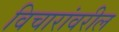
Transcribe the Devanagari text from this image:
विचारांवरील